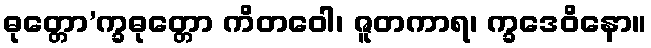
ဓုတ္တော’က္ခဓုတ္တော ကိတဝေါ၊ ဇူတကာရ၊ က္ခဒေဝိနော။